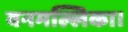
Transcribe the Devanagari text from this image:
वनमल्लिका।